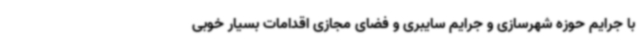
با جرایم حوزه شهرسازی و جرایم سایبری و فضای مجازی اقدامات بسیار خوبی